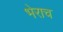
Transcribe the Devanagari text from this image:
भेराच